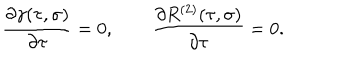
{ \frac { \partial \gamma ( \tau , \sigma ) } { \partial \tau } } = 0 , \qquad { \frac { \partial R ^ { ( 2 ) } ( \tau , \sigma ) } { \partial \tau } } = 0 { . }